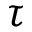
\tau